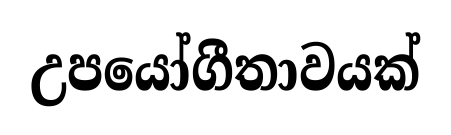
උපයෝගීතාවයක්